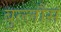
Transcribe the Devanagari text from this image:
बुल्लौस